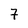
Character: 7